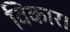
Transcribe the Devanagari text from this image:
विकार।